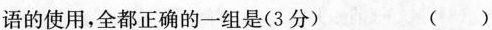
语的使用，全都正确的一组是(3分) ()